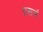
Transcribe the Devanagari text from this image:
प्रसन्नं